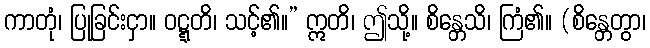
ကာတုံ၊ ပြုခြင်းငှာ။ ဝဋ္ဋတိ၊ သင့်၏။” ဣတိ၊ ဤသို့။ စိန္တေသိ၊ ကြံ၏။ (စိန္တေတွာ၊